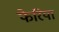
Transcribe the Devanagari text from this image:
फेरिया